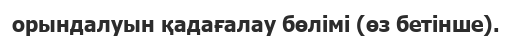
орындалуын қадағалау бөлімі (өз бетінше).